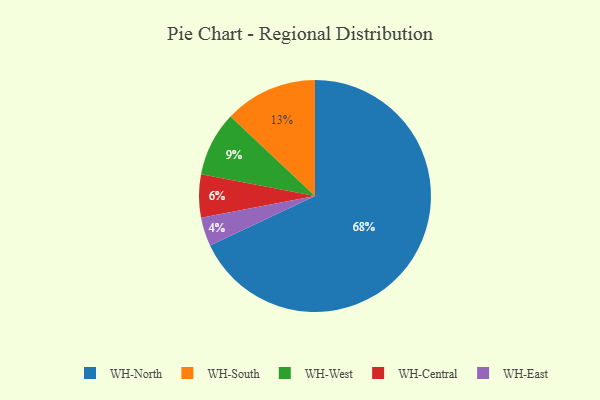
{"axis": {"x": "Category", "y": "Percentage"}, "legend": ["WH-Central", "WH-East", "WH-North", "WH-South", "WH-West"], "data": [{"x": "WH-West", "y": 9, "type": "WH-West"}, {"x": "WH-East", "y": 4, "type": "WH-East"}, {"x": "WH-North", "y": 68, "type": "WH-North"}, {"x": "WH-South", "y": 13, "type": "WH-South"}, {"x": "WH-Central", "y": 6, "type": "WH-Central"}]}